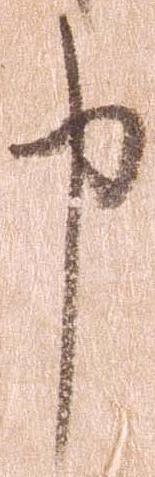
申